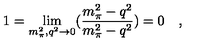
1 = \lim _ { m _ { \pi } ^ { 2 } , q ^ { 2 } \rightarrow 0 } ( \frac { m _ { \pi } ^ { 2 } - q ^ { 2 } } { m _ { \pi } ^ { 2 } - q ^ { 2 } } ) = 0 \quad ,